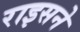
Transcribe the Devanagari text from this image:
राइसने